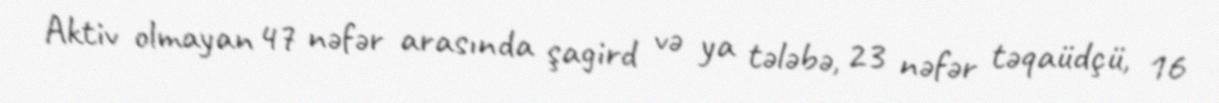
Aktiv olmayan 47 nəfər arasında şagird və ya tələbə, 23 nəfər təqaüdçü, 16